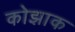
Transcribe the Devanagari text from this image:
कोझाक